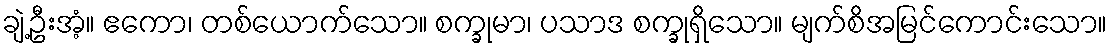
ချဲ့ဦးအံ့။ ဧကော၊ တစ်ယောက်သော။ စက္ခုမာ၊ ပသာဒ စက္ခုရှိသော။ မျက်စိအမြင်ကောင်းသော။